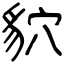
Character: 貁